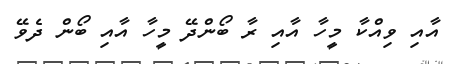
އާއި ވިއްކާ މީހާ އާއި ރާ ބޯންދޭ މީހާ އާއި ބޯން ދެވޭ